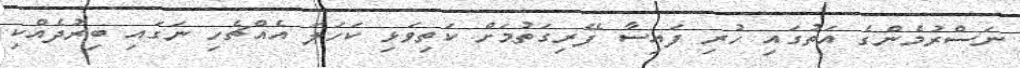
ނަސްރުމެންގެ އަތުގައި ހުރި ފައިސާ ފޭރިގަތުމަށް ކަތިވަޅި ކަހަލަ އެއްޗެހި ނަގައި ބިރުދެއްކި